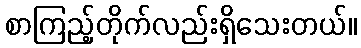
စာကြည့်တိုက်လည်းရှိသေးတယ်။